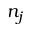
n _ { j }